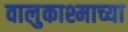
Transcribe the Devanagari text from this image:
वालुकाश्माच्या